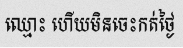
ឈ្មោះ ហើយមិនចេះកត់ថ្ងៃ